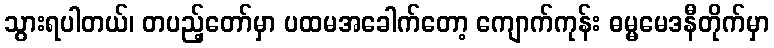
သွားရပါတယ်၊ တပည့်တော်မှာ ပထမအခေါက်တော့ ကျောက်ကုန်း ဓမ္မမေဒနီတိုက်မှာ